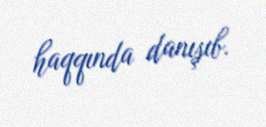
haqqında danışıb.